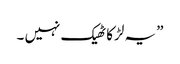
” یہ لڑکا ٹھیک نہیں ۔